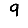
Digit: 9